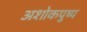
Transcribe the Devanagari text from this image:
अशोकपुष्प